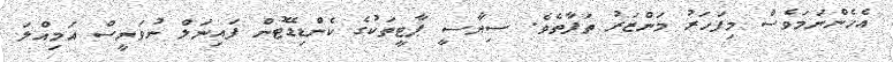
އެހެންނަމަވެސް މިފަހަރު މަންޒަރު ތަފާތެވެ. ސިޔާސީ ޕާޓީތަކުގެ ކެންޑިޑޭޓުން ފައިނަލް ނުވަނީސް އަމިއްލަ